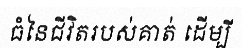
ធំនៃជីវិតរបស់គាត់ ដើម្បី